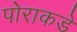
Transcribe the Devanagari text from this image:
पोराकडे